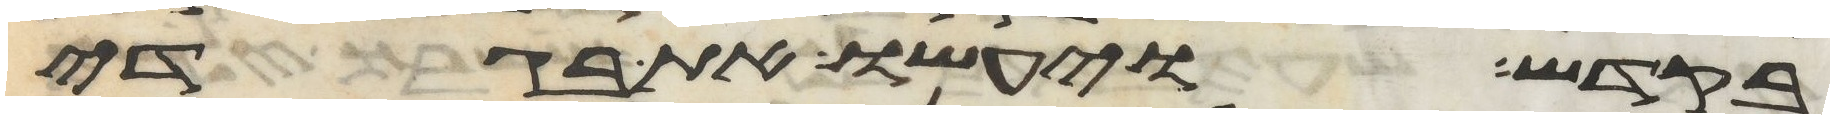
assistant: בקדש ויעשו את בגדי